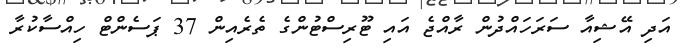
އަދި އޭޝިއާ ސަރަހައްދުން ރާއްޖެ އައި ޓޫރިސްޓުންގެ ތެރެއިން 37 ޕަސެންޓް ހިއްސާކުރާ